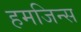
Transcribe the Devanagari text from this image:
हमजिन्स